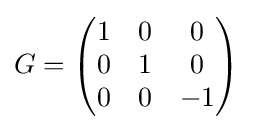
G=\left({\begin{matrix}1&0&0\\0&1&0\\0&0&-1\end{matrix}}\right)